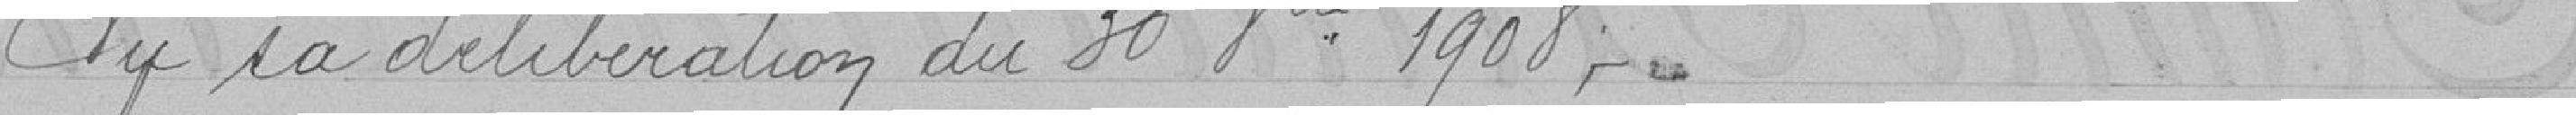
Vu la délibération du 30 decembre 1908